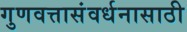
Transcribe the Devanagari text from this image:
गुणवत्तासंवर्धनासाठी